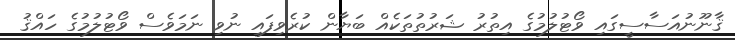
ޤާނޫނުއަސާސީގައި ވޯޓުލުމުގެ އިތުރު ޝަރުތުތަކެއް ބަޔާން ކުރެވިފައި ނުވި ނަމަވެސް ވޯޓުލުމުގެ ހައްޤު